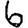
Digit: 6